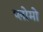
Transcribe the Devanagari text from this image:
प्लोमो